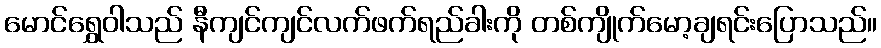
မောင်ရွှေဝါသည် နီကျင်ကျင်လက်ဖက်ရည်ခါးကို တစ်ကျိုက်မော့ချရင်းပြောသည်။